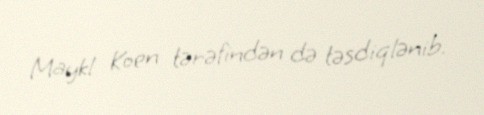
Maykl Koen tərəfindən də təsdiqlənib.